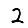
Digit: 2